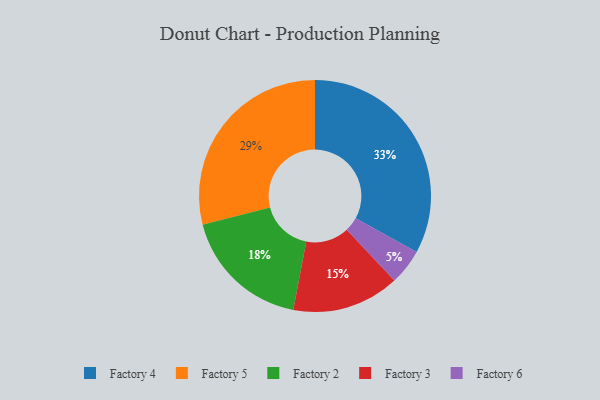
{"axis": {"x": "Category", "y": "Percentage"}, "legend": ["Factory 2", "Factory 3", "Factory 4", "Factory 5", "Factory 6"], "data": [{"x": "Factory 6", "y": 5, "type": "Factory 6"}, {"x": "Factory 2", "y": 18, "type": "Factory 2"}, {"x": "Factory 3", "y": 15, "type": "Factory 3"}, {"x": "Factory 5", "y": 29, "type": "Factory 5"}, {"x": "Factory 4", "y": 33, "type": "Factory 4"}]}